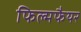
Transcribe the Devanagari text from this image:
फिल्मफैयर